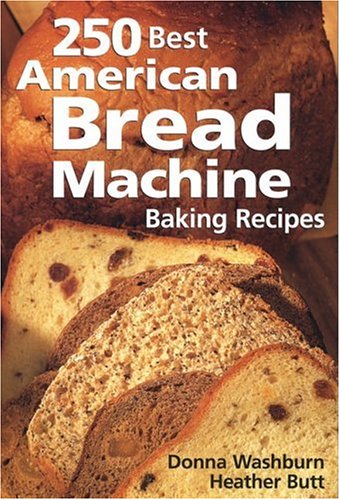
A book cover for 250 Best American Bread Machine Baking Recipes; Donna Washburn; Cookbooks, Food & Wine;